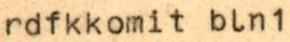
rdfkkomit bln1